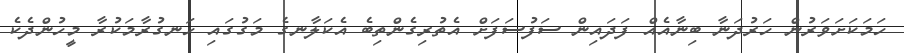
ހަމަކަށަވަރުން ހަރުދަނާ ބިނާއެއް ފަދައިން ސަފުސަފަށް އެތުރިގެންތިބެ އެކަލާނގެ މަގުގައި ހަނގުރާމަކުރާ މީހުންދެކެ